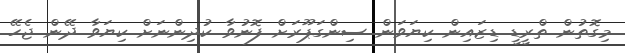
މިގޮތުން ތްރީޑީ ޑިޒައިން ކިޔަވަން ސިންގަޕޫރަށް ފޮނުވާ ކުދިންނަށް ކިޔަވާ ދޭން ޖެހޭ